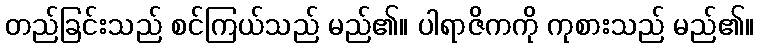
တည်ခြင်းသည် စင်ကြယ်သည် မည်၏။ ပါရာဇိကကို ကုစားသည် မည်၏။